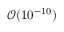
\mathcal { O } ( 1 0 ^ { - 1 0 } )